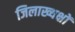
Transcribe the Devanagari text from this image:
जिलाख्यक्षों